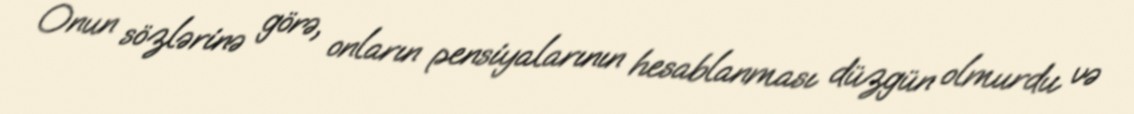
Onun sözlərinə görə, onların pensiyalarının hesablanması düzgün olmurdu və